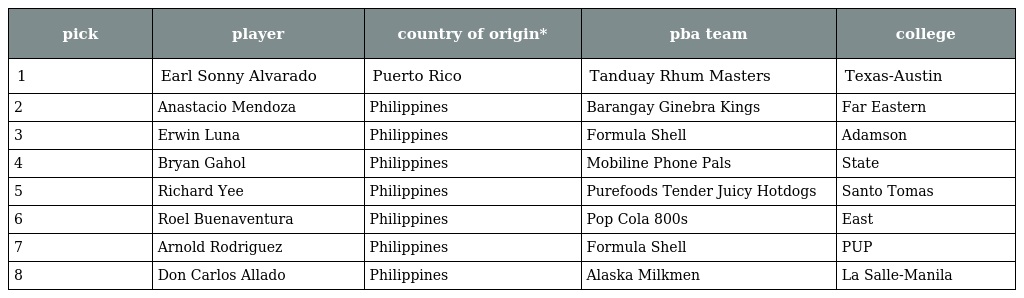
| pick | player | country of origin* | pba team | college |
 | --- | --- | --- | --- | --- |
 | 1 | Earl Sonny Alvarado | Puerto Rico | Tanduay Rhum Masters | Texas-Austin |
 | 2 | Anastacio Mendoza | Philippines | Barangay Ginebra Kings | Far Eastern |
 | 3 | Erwin Luna | Philippines | Formula Shell | Adamson |
 | 4 | Bryan Gahol | Philippines | Mobiline Phone Pals | State |
 | 5 | Richard Yee | Philippines | Purefoods Tender Juicy Hotdogs | Santo Tomas |
 | 6 | Roel Buenaventura | Philippines | Pop Cola 800s | East |
 | 7 | Arnold Rodriguez | Philippines | Formula Shell | PUP |
 | 8 | Don Carlos Allado | Philippines | Alaska Milkmen | La Salle-Manila |